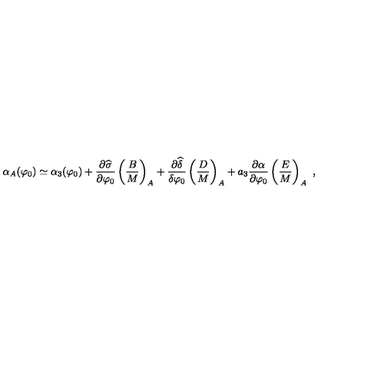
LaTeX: \alpha _ { A } ( \varphi _ { 0 } ) \simeq \alpha _ { 3 } ( \varphi _ { 0 } ) + { \frac { \partial \widehat \sigma } { \partial \varphi _ { 0 } } } \left( { \frac { B } { M } } \right) _ { A } + { \frac { \partial \widehat \delta } { \delta \varphi _ { 0 } } } \left( { \frac { D } { M } } \right) _ { A } + a _ { 3 } { \frac { \partial \alpha } { \partial \varphi _ { 0 } } } \left( { \frac { E } { M } } \right) _ { A } \ ,